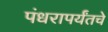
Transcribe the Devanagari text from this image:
पंधरापर्यंतचे